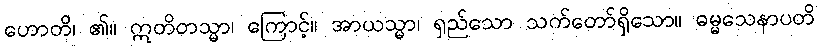
ဟောတိ၊ ၏။ ဣတိတသ္မာ၊ ကြောင့်။ အာယသ္မာ၊ ရှည်သော သက်တော်ရှိသော။ ဓမ္မသေနာပတိ